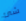
شئ